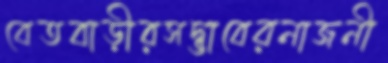
বেতবাড়ীরসদ্ভাবেরনাজনী